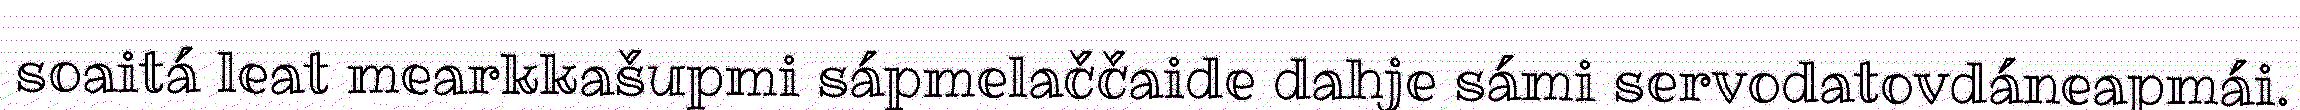
soaitá leat mearkkašupmi sápmelaččaide dahje sámi servodatovdáneapmái.